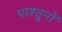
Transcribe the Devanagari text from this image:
पाश्तुनों